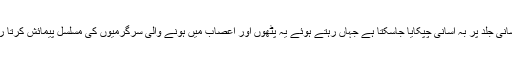
اسے انسانی جلد پر بہ آسانی چپکایا جاسکتا ہے جہاں رہتے ہوئے یہ پٹھوں اور اعصاب میں ہونے والی سرگرمیوں کی مسلسل پیمائش کرتا رہتا ہے۔